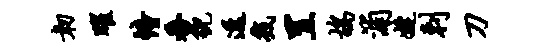
韧曜幢番貌透几置鸪浦婕剌刀